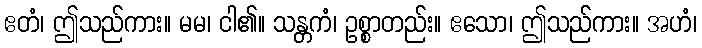
ဧတံ၊ ဤသည်ကား။ မမ၊ ငါ၏။ သန္တကံ၊ ဥစ္စာတည်း။ ဧသော၊ ဤသည်ကား။ အဟံ၊